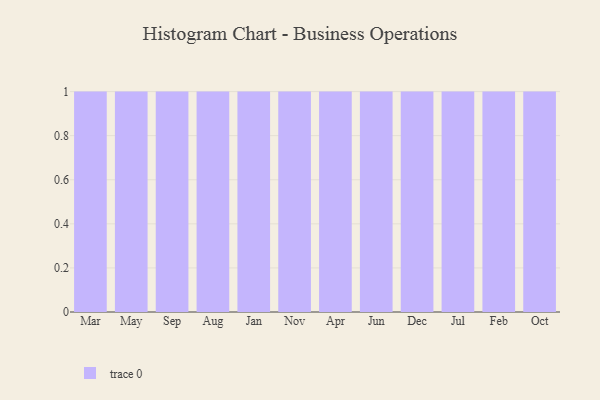
{"axis": {"x": "Month", "y": "Shipments"}, "legend": [""], "data": [{"x": "Mar", "y": 5, "type": ""}, {"x": "May", "y": 88, "type": ""}, {"x": "Sep", "y": 45, "type": ""}, {"x": "Aug", "y": 67, "type": ""}, {"x": "Jan", "y": 49, "type": ""}, {"x": "Nov", "y": 74, "type": ""}, {"x": "Apr", "y": 56, "type": ""}, {"x": "Jun", "y": 61, "type": ""}, {"x": "Dec", "y": 27, "type": ""}, {"x": "Jul", "y": 94, "type": ""}, {"x": "Feb", "y": 89, "type": ""}, {"x": "Oct", "y": 96, "type": ""}]}